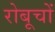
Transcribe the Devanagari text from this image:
रोबूचों